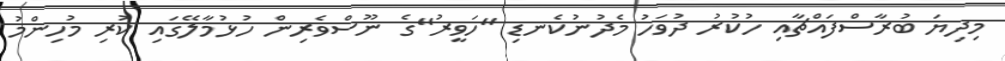
މިދިޔަ ބުރާސްފައްޗާއި ހުކުރު ދުވަހު މެދުނުކެނޑި "ހަވީރު"ގެ ނޫސްވެރިން ހުޅުމާލޭގައި ކުރި މުހިންމު